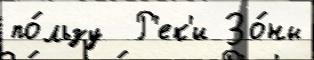
по́льзу  Р'ек'и Зо́ны